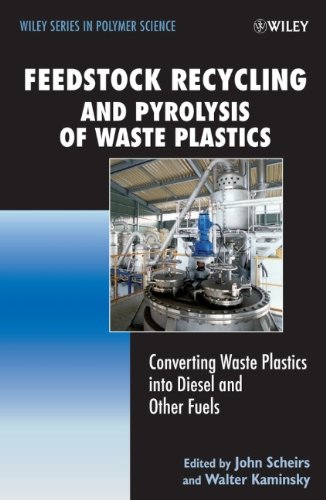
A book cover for Feedstock Recycling and Pyrolysis of Waste Plastics: Converting Waste Plastics into Diesel and Other Fuels; Science & Math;